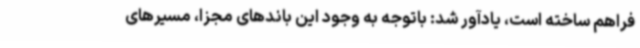
فراهم ساخته است، یادآور شد: باتوجه به وجود این باندهای مجزا، مسیرهای